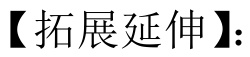
【拓展延伸】：